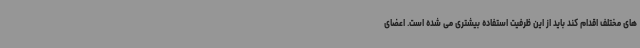
های مختلف اقدام کند باید از این ظرفیت استفاده بیشتری می شده است. اعضای